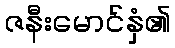
ဇနီးမောင်နှံ၏